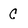
Character: C